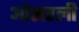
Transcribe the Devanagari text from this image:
ओसरली